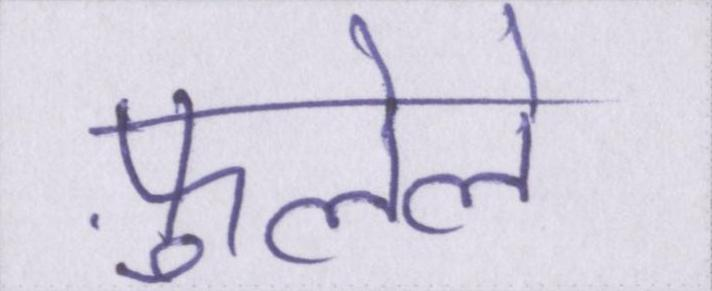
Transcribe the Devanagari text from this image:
फ़ुलेले